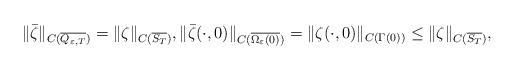
LaTeX: \begin{align*} \|\bar{\zeta}\|_{C(\overline{Q_{\varepsilon,T}})} = \|\zeta\|_{C(\overline{S_T})}, \|\bar{\zeta}(\cdot,0)\|_{C(\overline{\Omega_\varepsilon(0)})} = \|\zeta(\cdot,0)\|_{C(\Gamma(0))} \leq \|\zeta\|_{C(\overline{S_T})}, \end{align*}